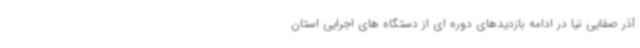
آذر صفایی نیا در ادامه بازدیدهای دوره ای از دستگاه های اجرایی استان